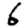
Digit: 6